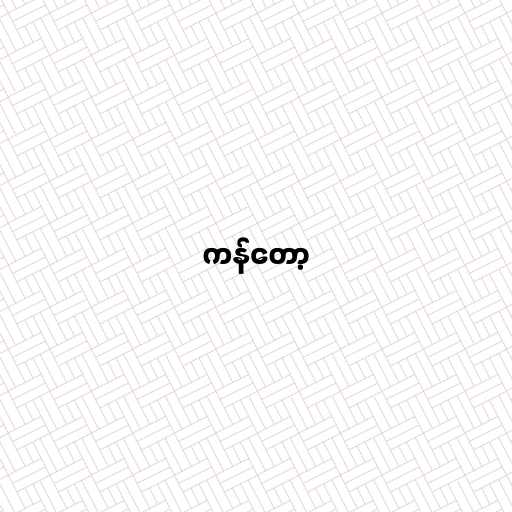
ကန်တော့